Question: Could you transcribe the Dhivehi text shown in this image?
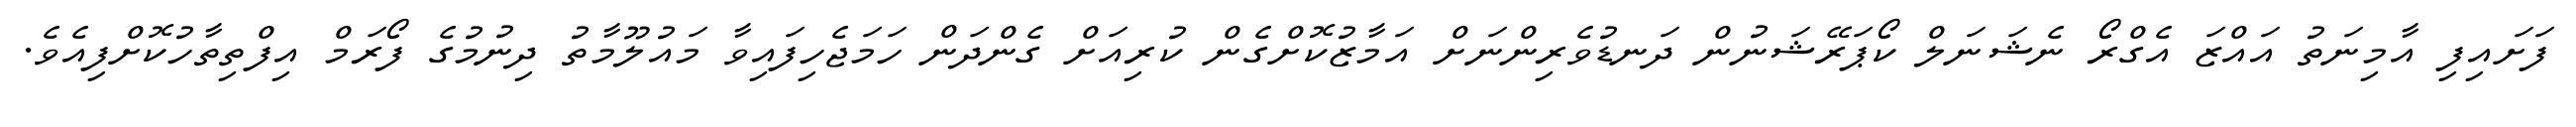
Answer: ފަށައިފި އާމިނަތު އައްޒަ އެގްރޯ ނެޝަނަލް ކޯޕަރޭޝަނުން ދަނޑުވެރިންނަށް އަމާޒުކޮށްގެން ކުރިއަށް ގެންދަން ހަމަޖެހިފައިވާ މައުލޫމާތު ދިނުމުގެ ފޯރަމް އިފްތިތާހުކޮށްފިއެވެ.